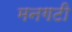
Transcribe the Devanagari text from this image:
मनगटी